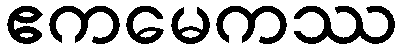
ဧကမေကဿ